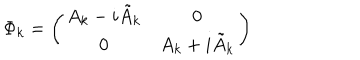
LaTeX: \Phi _ { k } = \left( \begin{matrix} { { A _ { k } - i \tilde { A } _ { k } } } & { { 0 } } \\ { { 0 } } & { { A _ { k } + i \tilde { A } _ { k } } } \\ \end{matrix} \right)